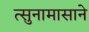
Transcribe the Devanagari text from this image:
त्सुनामासाने